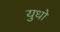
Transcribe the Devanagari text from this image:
युधो